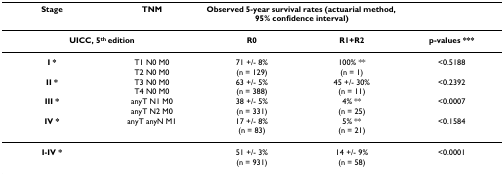
<table><thead><tr><td><b>Stage</b></td><td><b>TNM</b></td><td colspan="2"><b>Observed 5-year survival rates (actuarial method, 95% confidence interval)</b></td><td></td></tr></thead><tbody><tr><td colspan="2"><b>UICC, 5<sup>th </sup>edition</b></td><td><b>R0</b></td><td><b>R1+R2</b></td><td><b>p-values ***</b></td></tr><tr><td><b>I *</b></td><td>T1 N0 M0T2 N0 M0</td><td>71 +/- 8%(n = 129)</td><td>100% **(n = 1)</td><td>&lt;0.5188</td></tr><tr><td><b>II *</b></td><td>T3 N0 M0T4 N0 M0</td><td>63 +/- 5%(n = 388)</td><td>45 +/- 30%(n = 11)</td><td>&lt;0.2392</td></tr><tr><td><b>III *</b></td><td>anyT N1 M0anyT N2 M0</td><td>38 +/- 5%(n = 331)</td><td>4% **(n = 25)</td><td>&lt;0.0007</td></tr><tr><td><b>IV *</b></td><td>anyT anyN M1</td><td>17 +/- 8%(n = 83)</td><td>5% **(n = 21)</td><td>&lt;0.1584</td></tr><tr><td><b>I-IV *</b></td><td></td><td>51 +/- 3%(n = 931)</td><td>14 +/- 9%(n = 58)</td><td>&lt;0.0001</td></tr></tbody></table>